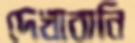
দেখাবানি